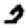
Digit: 2